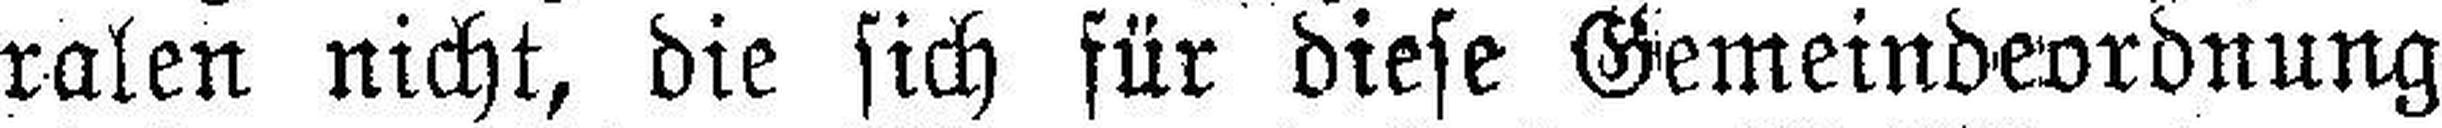
ralen nicht, die sich für diese Gemeindeordnung